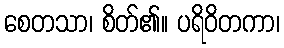
စေတသာ၊ စိတ်၏။ ပရိဝိတကာ၊